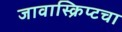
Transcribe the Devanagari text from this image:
जावास्क्रिप्टचा